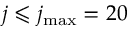
j \leqslant j _ { \mathrm { m a x } } = 2 0